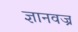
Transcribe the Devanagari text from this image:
ज्ञानवज्र